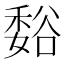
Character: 𫎂